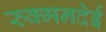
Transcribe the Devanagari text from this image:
रुक्मनदेई